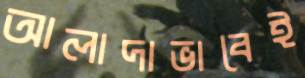
আলাদাভাবেই